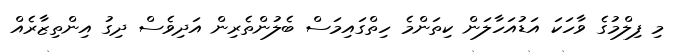
މި ފިލްމުގެ ވާހަކަ އަޑުއަހާލަން ކިތަންމެ ހިތްގައިމަސް ބެލުންތެރިން އަދިވެސް ދިގު އިންތިޒާރެއް